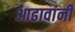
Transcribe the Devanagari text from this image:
आढावांनी